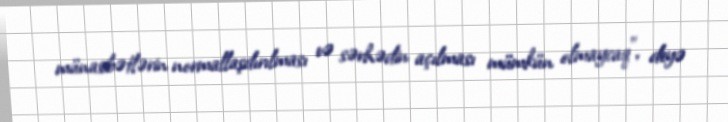
münasibətlərin normallaşdırılması və sərhədin açılması mümkün olmaycaq”, deyə